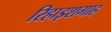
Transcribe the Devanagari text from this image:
रिहाइशगाह